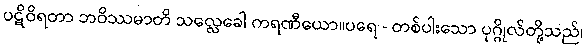
ပဋိဝိရတာ ဘဝိဿမာတိ သလ္လေခေါ ကရဏီယော။ပရေ - တစ်ပါးသော ပုဂ္ဂိုလ်တို့သည်၊